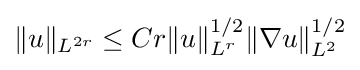
\|u\|_{L^{2r}}\leq Cr\|u\|_{L^{r}}^{1/2}\|\nabla u\|_{L^{2}}^{1/2}